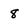
Character: 8